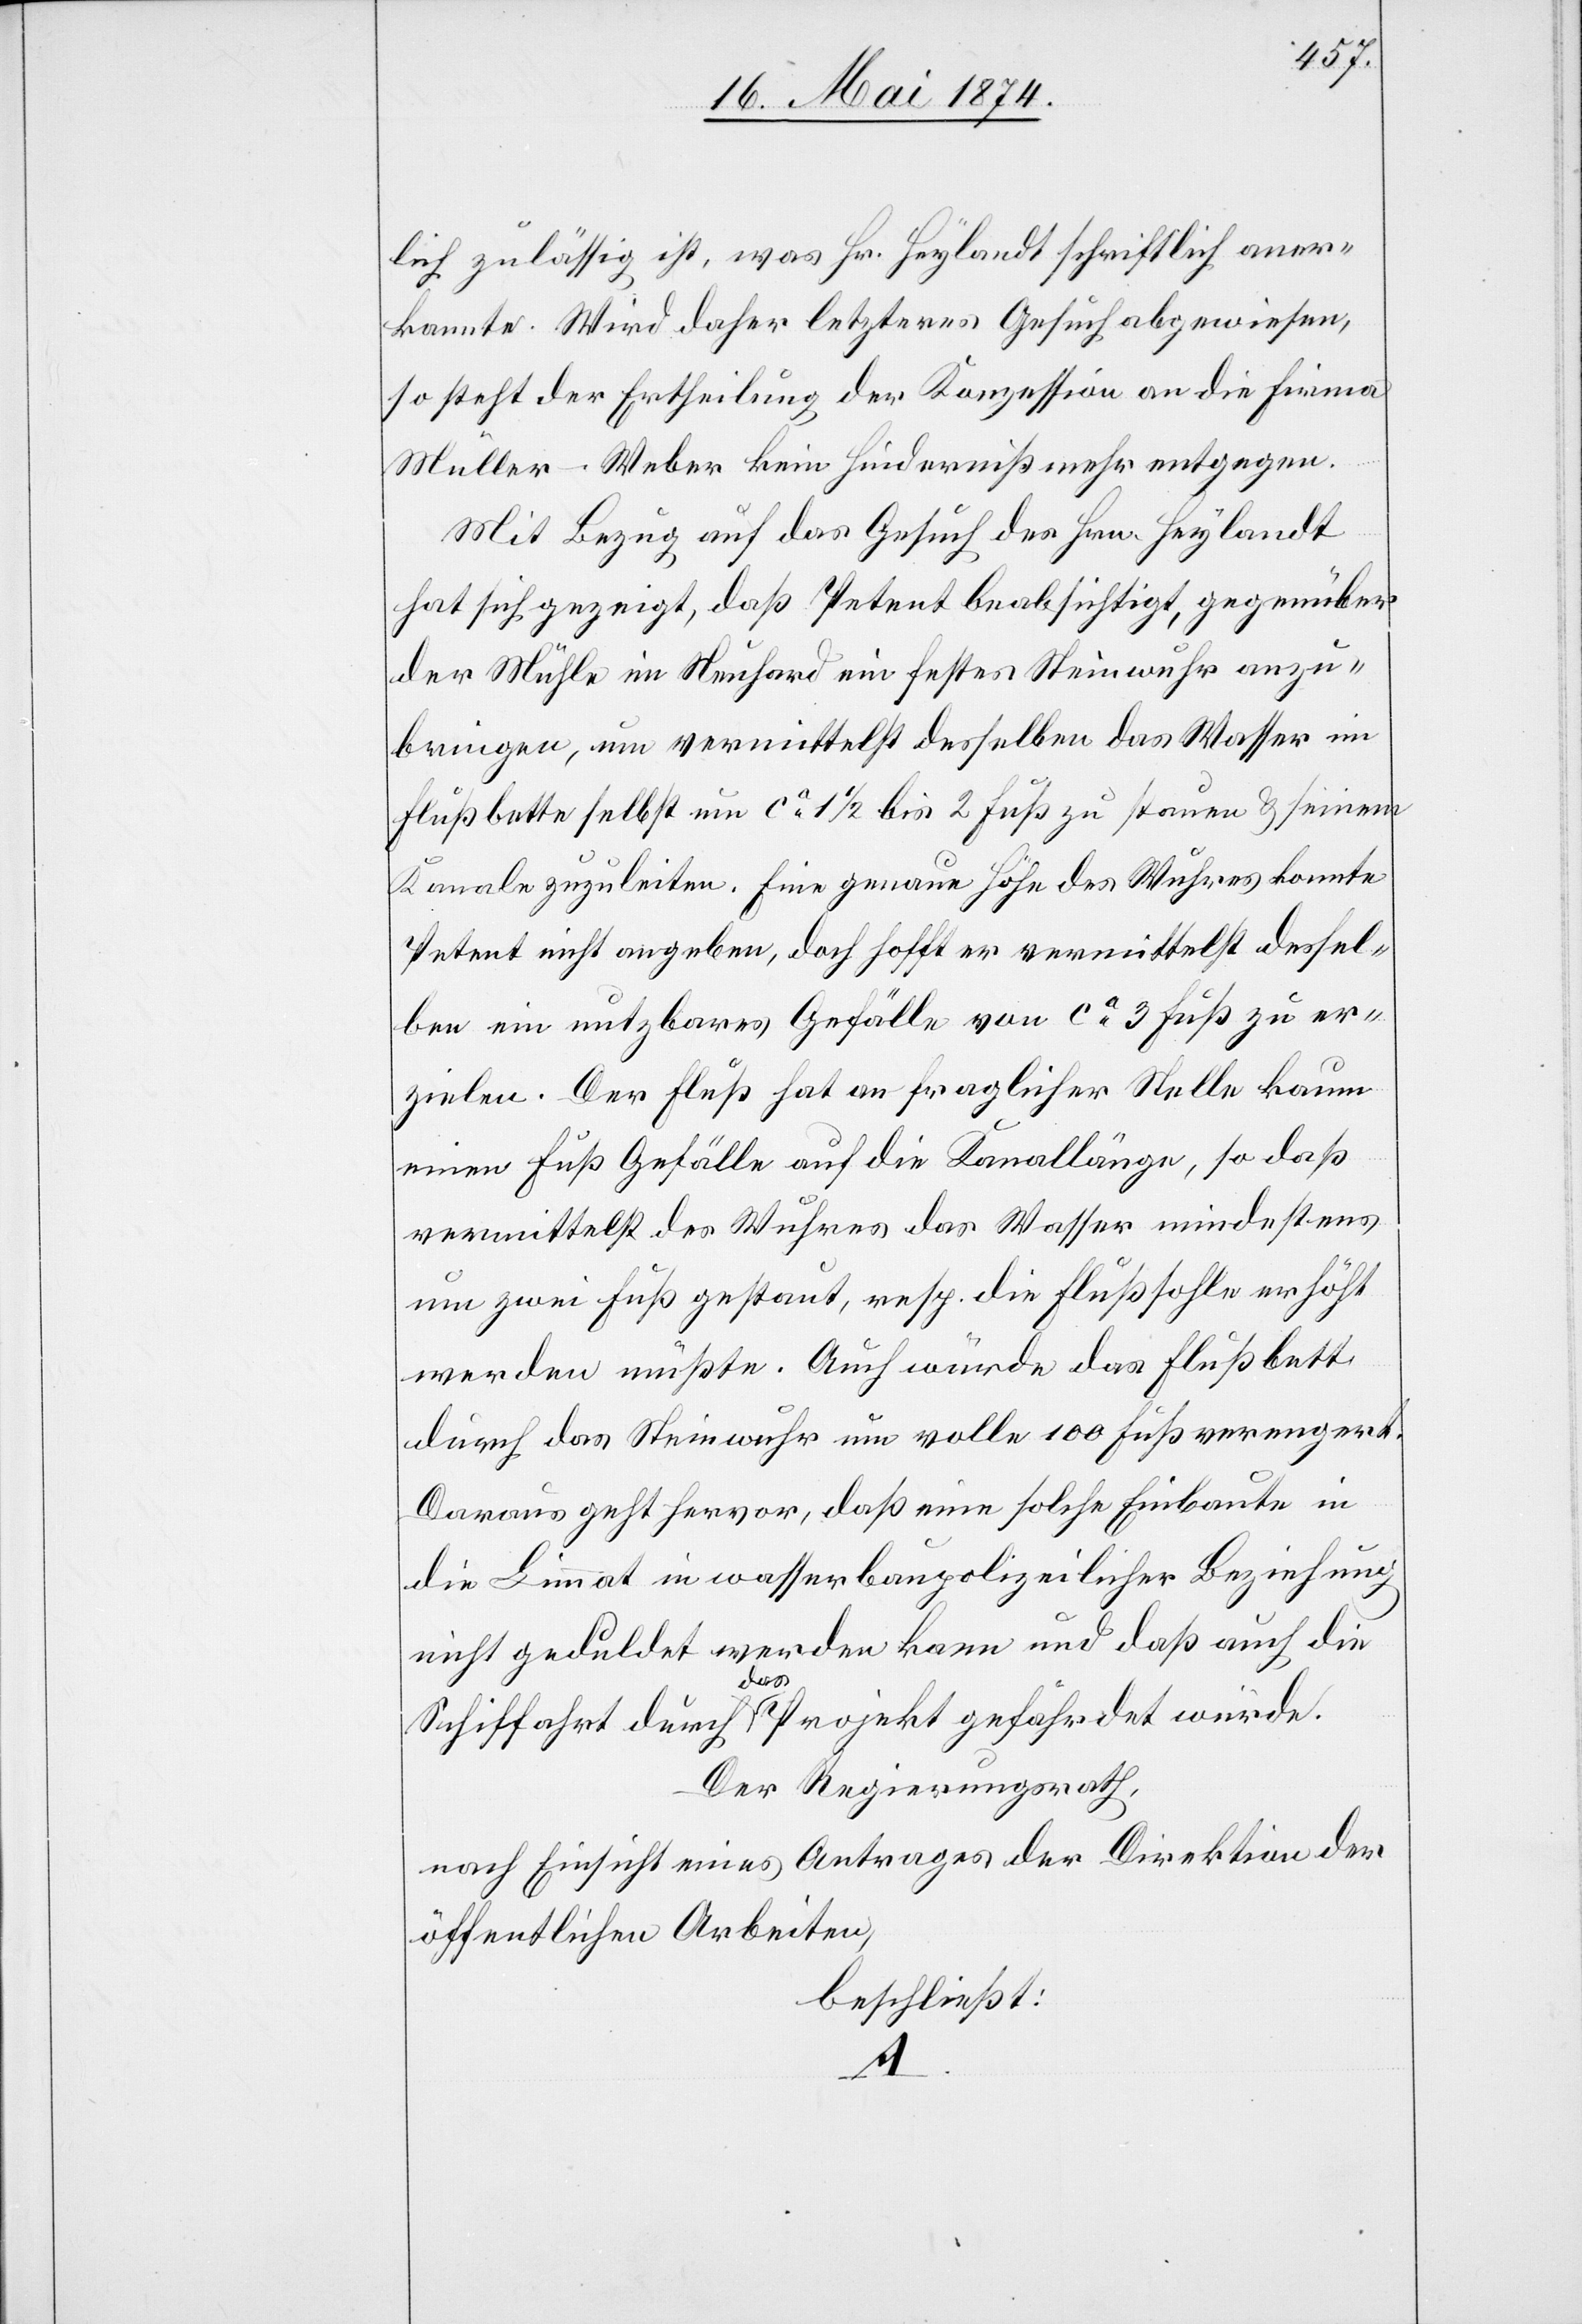
lich zulässig ist, was Hr. Heylandt schriftlich aner¬
kannte. Wird daher letzteres Gesuch abgewiesen,
so steht der Ertheilung der Konzession an die Firma
Müller-Weber kein Hinderniß mehr entgegen.
Mit Bezug auf das Gesuch des Hrn. Heylandt
hat sich gezeigt, daß Petent beabsichtigt, gegenüber
der Mühle im Neuhard ein festes Neuwuhr anzu¬
bringen, um vermittelst desselben das Wasser im
Flußbette selbst um ca 1 1/2 bis 2 Fuß zu stauen u. seinem
Kanale zuzuleiten. Eine genaue Höhe des Wuhres konnte
Petent nicht angeben, doch hofft er vermittelst dessel¬
ben ein nutzbares Gefälle von ca 3 Fuß zu er¬
zielen. Der Fluß hat an fraglicher Stelle kaum
einen Fuß Gefälle auf die Kanallänge, so daß
vermittelst des Wuhres das Wasser mindestens
um zwei Fuß gestaut, resp. die Flußsohle erhöht
werden müßte. Auch würde das Flußbett
durch das Steinwuhr um volle 100 Fuß verengert.
Daraus geht hervor, daß eine solche Einbaute in
die Limmat in wasserbaupolizeilicher Beziehung
nicht geduldet werden kann und daß auch die
Schiffahrt durch das Projekt gefährdet würde.
Der Regierungsrath,
nach Einsicht eines Antrages der Direktion der
öffentlichen Arbeiten,
beschließt: